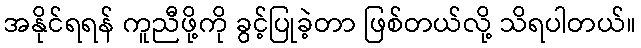
အနိုင်ရရန် ကူညီဖို့ကို ခွင့်ပြုခဲ့တာ ဖြစ်တယ်လို့ သိရပါတယ်။